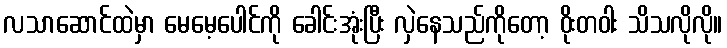
လသာဆောင်ထဲမှာ မေမေ့ပေါင်ကို ခေါင်းအုံးပြီး လှဲနေသည်ကိုတော့ ဝိုးတဝါး သိသလိုလို။